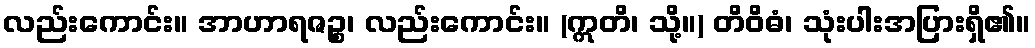
လည်းကောင်း။ အာဟာရဇဉ္စ၊ လည်းကောင်း။ (ဣတိ၊ သို့။) တိဝိဓံ၊ သုံးပါးအပြားရှိ၏။